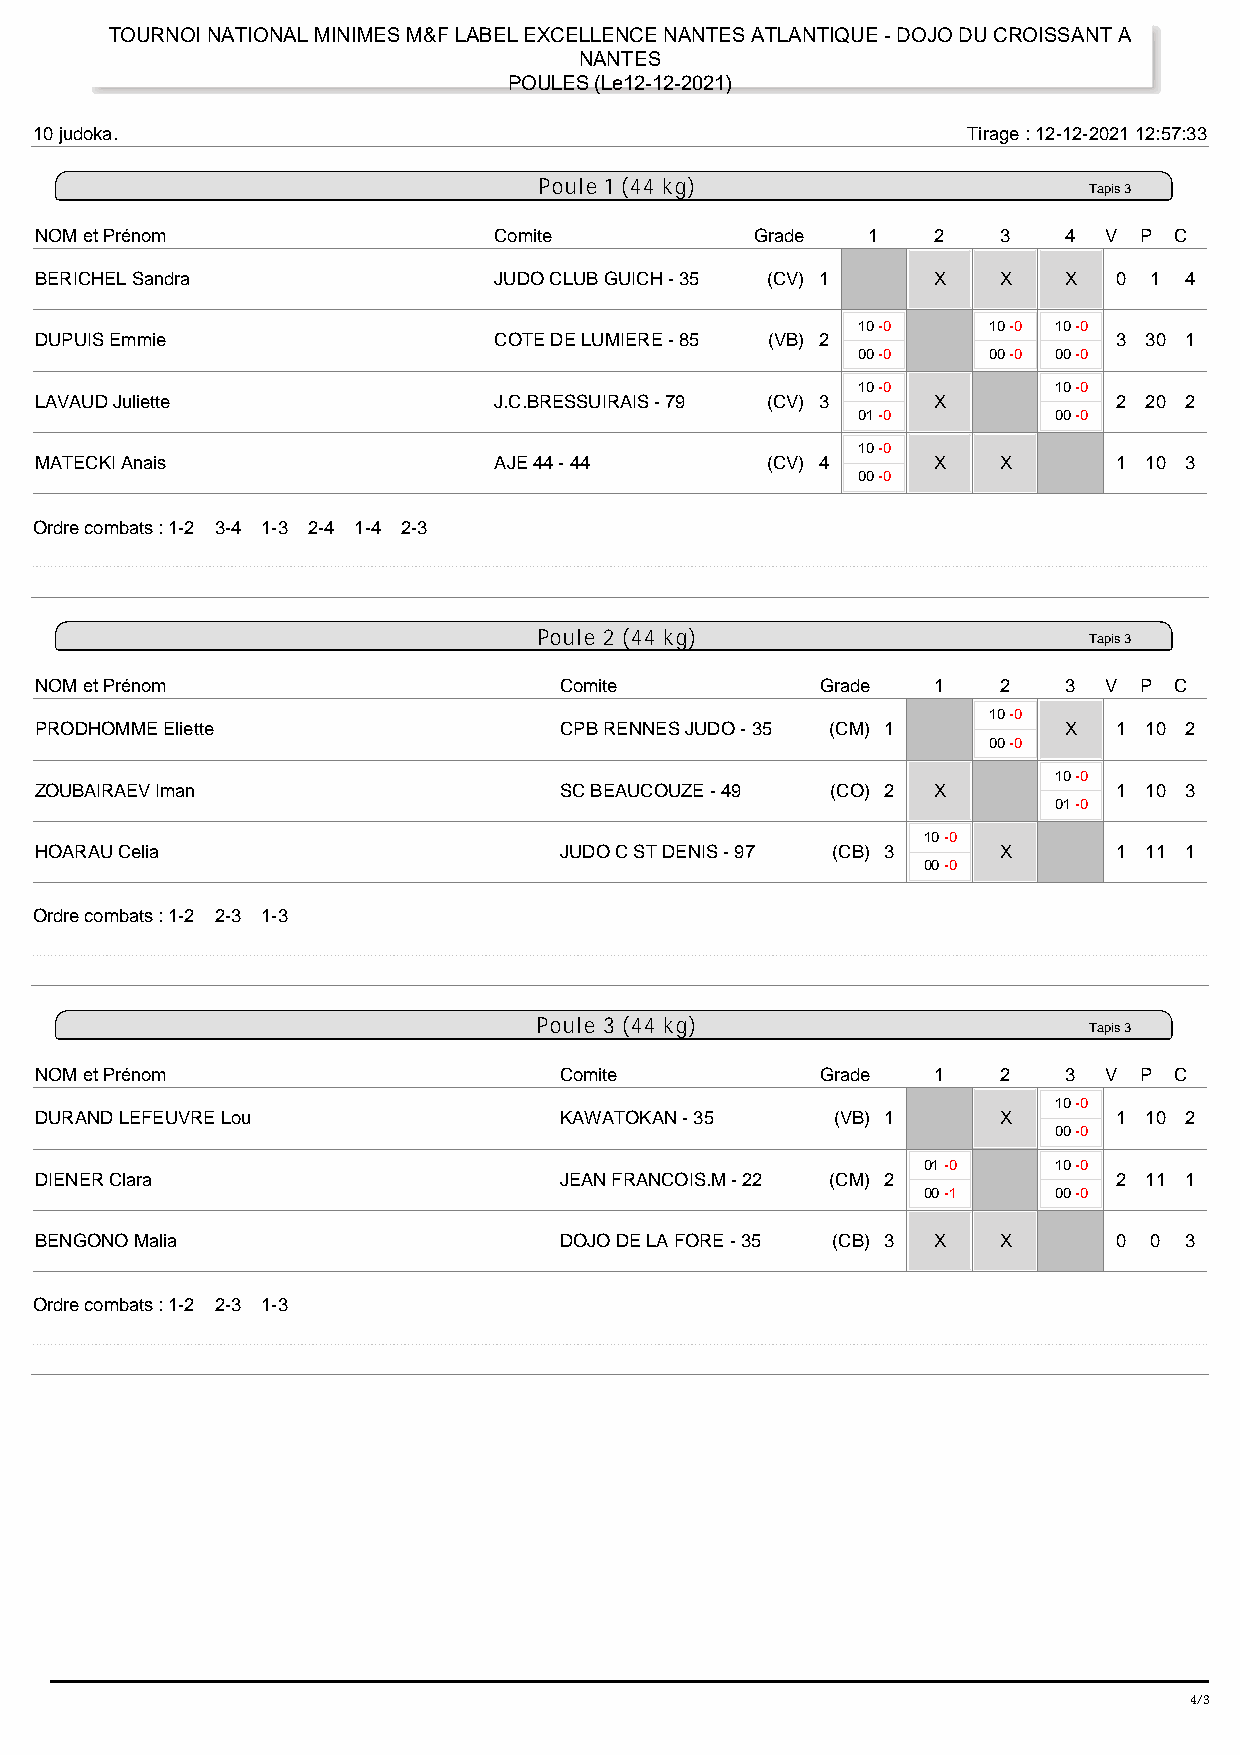
TOURNOI NATIONAL MINIMES M&F LABEL EXCELLENCE NANTES ATLANTIQUE - DOJO DU CROISSANT A
 NANTES
 POULES (Le12-12-2021)
 10 judoka.                                                    Tirage : 12-12-2021 12:57:33
 Poule 1 (44 kg)
 Tapis 3
 NOM et Prénom                  Comite           Grade  1    2   3    4 V P  C
 BERICHEL Sandra                JUDO CLUB GUICH - 35 (CV) 1  X   X    X  0 1 4
 10 -0   10 -0 10 -0
 DUPUIS Emmie                   COTE DE LUMIERE - 85 (VB) 2              3 30 1
 00 -0   00 -0 00 -0
 10 -0        10 -0
 LAVAUD Juliette                J.C.BRESSUIRAIS - 79 (CV) 3  X           2 20 2
 01 -0        00 -0
 10 -0
 MATECKI Anais                  AJE 44 - 44       (CV) 4     X   X       1 10 3
 00 -0
 Ordre combats : 1-2 3-4 1-3 2-4 1-4 2-3
 Poule 2 (44 kg)
 Tapis 3
 NOM et Prénom                      Comite           Grade   1   2    3 V P  C
 10 -0
 PRODHOMME Eliette                  CPB RENNES JUDO - 35 (CM) 1       X  1 10 2
 00 -0
 10 -0
 ZOUBAIRAEV Iman                    SC BEAUCOUZE - 49 (CO) 2 X           1 10 3
 01 -0
 10 -0
 HOARAU Celia                       JUDO C ST DENIS - 97 (CB) 3  X       1 11 1
 00 -0
 Ordre combats : 1-2 2-3 1-3
 Poule 3 (44 kg)
 Tapis 3
 NOM et Prénom                      Comite           Grade   1   2    3 V P  C
 10 -0
 DURAND LEFEUVRE Lou                KAWATOKAN - 35    (VB) 1     X       1 10 2
 00 -0
 01 -0    10 -0
 DIENER Clara                       JEAN FRANCOIS.M - 22 (CM) 2          2 11 1
 00 -1    00 -0
 BENGONO Malia                      DOJO DE LA FORE - 35 (CB) 3 X X      0 0 3
 Ordre combats : 1-2 2-3 1-3
 4/37